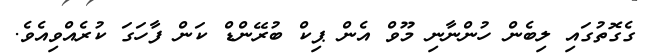
ގެގޮތުގައި ލިބެން ހުންނާނި މޫވް އެން ޕިކް ބުރޭންޑް ކަން ފާހަގަ ކުރެއްވިއެވެ.